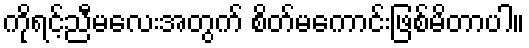
ကိုရင့်ညီမလေးအတွက် စိတ်မကောင်းဖြစ်မိတာပါ။